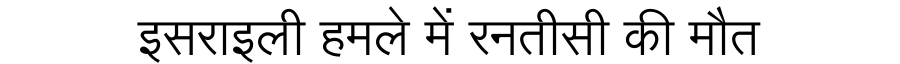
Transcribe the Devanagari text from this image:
इसराइली हमले में रनतीसी की मौत